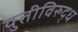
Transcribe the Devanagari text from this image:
युतीविरुद्ध